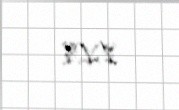
1,1%